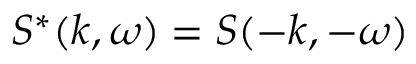
S ^ { * } ( k , \omega ) = S ( - k , - \omega )